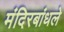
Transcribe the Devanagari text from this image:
मंदिरबांधले